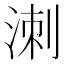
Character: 𭰩